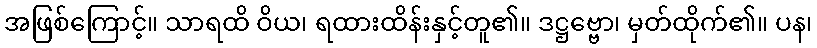
အဖြစ်ကြောင့်။ သာရထိ ဝိယ၊ ရထားထိန်းနှင့်တူ၏။ ဒဋ္ဌဗ္ဗော၊ မှတ်ထိုက်၏။ ပန၊